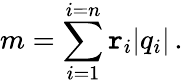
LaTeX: m=\sum_{i=1}^{i=n}\mathtt{r}_{i}|q_{i}|\, .